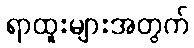
ရာထူးများအတွက်